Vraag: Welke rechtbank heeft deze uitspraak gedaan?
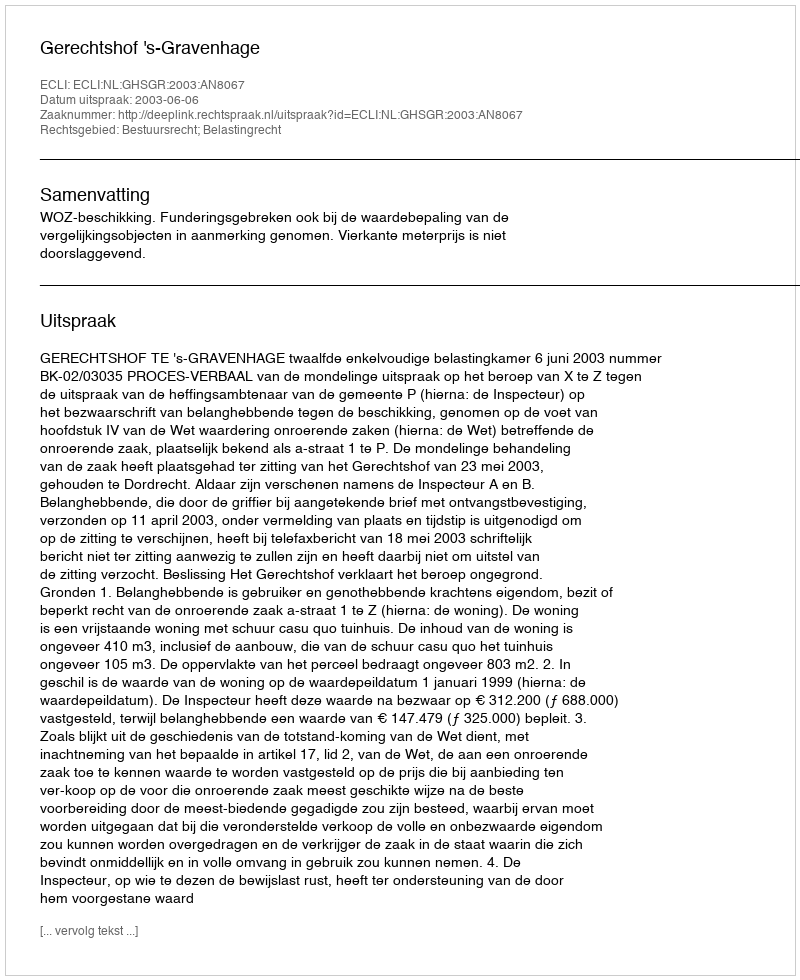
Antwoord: Gerechtshof 's-Gravenhage